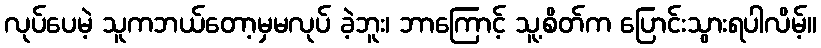
လုပ်ပေမဲ့ သူကဘယ်တော့မှမလုပ် ခဲ့ဘူး၊ ဘာကြောင့် သူ့စိတ်က ပြောင်းသွားရပါလိမ့်။